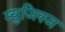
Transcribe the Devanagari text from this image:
म्युजिक्ज